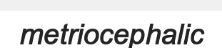
metriocephalic